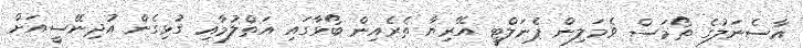
އާސެނަލުގެ ތޯމަސް ވެމަލިން ޕެނަލްޓީ އޭރިޔާ ތެރެއިން ބޯޅާގައި އަތްލުމާއި ގުޅިގެން އުދިނޭސީއަށް